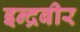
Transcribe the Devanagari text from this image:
इन्द्रबीर